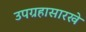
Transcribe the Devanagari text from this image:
उपग्रहासारखे